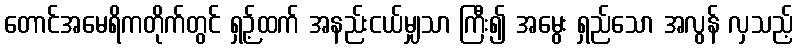
တောင်အမေရိကတိုက်တွင် ရှဉ့်ထက် အနည်းငယ်မျှသာ ကြီး၍ အမွေး ရှည်သော အလွန် လှသည့်